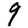
Digit: 9